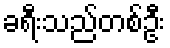
ခရီးသည်တစ်ဦး